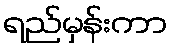
ရည်မှန်းကာ